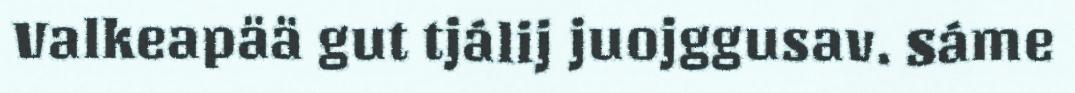
Valkeapää gut tjálij juojggusav. Sáme